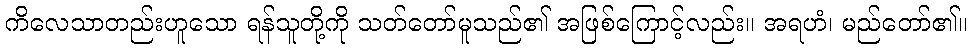
ကိလေသာတည်းဟူသော ရန်သူတို့ကို သတ်တော်မူသည်၏ အဖြစ်ကြောင့်လည်း။ အရဟံ၊ မည်တော်၏။